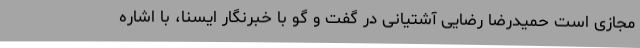
مجازی است حمیدرضا رضایی آشتیانی در گفت و گو با خبرنگار ایسنا، با اشاره